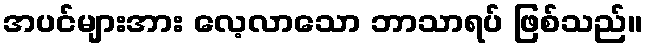
အပင်များအား လေ့လာသော ဘာသာရပ် ဖြစ်သည်။